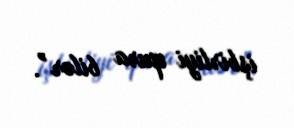
işbirliyi qura bilər”.